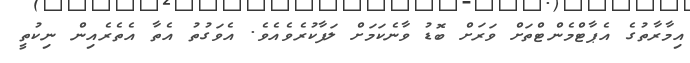
އިމާރާތުގެ އެޕާޓްމެންޓްތަށް ވަރަށް ބޮޑު ވާނެކަމަށް ލަފާކުރެވެއެވެ. އެވަގުތު އެތާ އެތެރެއިން ނިކުތީ